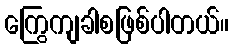
ကြွေကျခါစဖြစ်ပါတယ်။